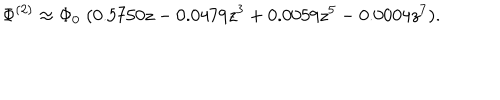
LaTeX: \Phi ^ { ( 2 ) } \approx \Phi _ { 0 } \; ( 0 . 5 7 5 0 z - 0 . 0 4 7 9 z ^ { 3 } + 0 . 0 0 5 9 z ^ { 5 } - 0 . 0 0 0 4 z ^ { 7 } ) .